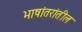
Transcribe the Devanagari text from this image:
भाषांतरांतील